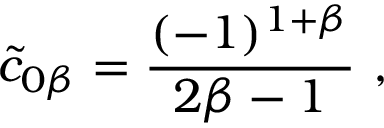
{ \tilde { c } } _ { 0 \beta } = { \frac { ( - 1 ) ^ { 1 + \beta } } { 2 \beta - 1 } } \ ,